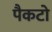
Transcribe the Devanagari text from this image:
पैकटो